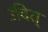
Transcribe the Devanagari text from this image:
उदित्